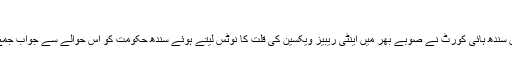
فوٹو: اے ایف پی
رواں ماہ ایک کیس کی سماعت کے دوران سندھ ہائی کورٹ نے صوبے بھر میں اینٹی ریبیز ویکسین کی قلت کا نوٹس لیتے ہوئے سندھ حکومت کو اس حوالے سے جواب جمع کروانے کے احکامات جاری کیے تھے۔